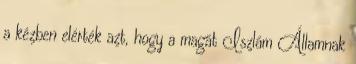
a kézben elérték azt, hogy a magát Iszlám Államnak